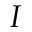
I